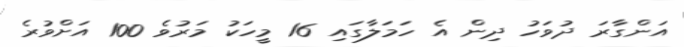
އަންގާރަ ދުވަހު ދިން އެ ހަމަލާގައި 16 މީހަކު މަރުވެ 100 އަށްވުރެ